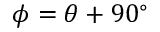
\phi = \theta + 9 0 ^ { \circ }